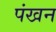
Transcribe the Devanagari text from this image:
पंखन